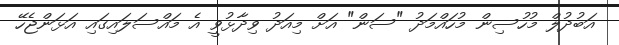
އަބުދުލް މުހުސިން މުހައްމަދު "ސަން" އަށް މިއަދު ވިދާޅުވީ އެ މައްސަލައިގައި އަޅަންޖެހޭ